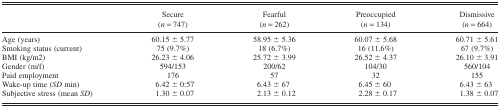
<table><thead><tr><td></td><td><b>Secure</b></td><td><b>Fearful</b></td><td><b>Preoccupied</b></td><td><b>Dismissive</b></td></tr><tr><td></td><td><b>(<i>n</i> = 747)</b></td><td><b>(<i>n</i> = 262)</b></td><td><b>(<i>n</i> = 134)</b></td><td><b>(<i>n</i> = 664)</b></td></tr></thead><tbody><tr><td>Age (years)</td><td>60.15 ± 5.77</td><td>58.95 ± 5.36</td><td>60.07 ± 5.68</td><td>60.71 ± 5.61</td></tr><tr><td>Smoking status (current)</td><td>75 (9.7%)</td><td>18 (6.7%)</td><td>16 (11.6%)</td><td>67 (9.7%)</td></tr><tr><td>BMI (kg/m2)</td><td>26.23 ± 4.06</td><td>25.72 ± 3.99</td><td>26.52 ± 4.37</td><td>26.10 ± 3.91</td></tr><tr><td>Gender (m/f)</td><td>594/153</td><td>200/62</td><td>104/30</td><td>560/104</td></tr><tr><td>Paid employment</td><td>176</td><td>57</td><td>32</td><td>155</td></tr><tr><td>Wake-up time (<i>SD</i> min)</td><td>6.42 ± 0:57</td><td>6.43 ± 67</td><td>6.45 ± 60</td><td>6.43 ± 63</td></tr><tr><td>Subjective stress (mean <i>SD</i>)</td><td>1.30 ± 0.07</td><td>2.13 ± 0.12</td><td>2.28 ± 0.17</td><td>1.38 ± 0.07</td></tr></tbody></table>